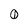
Character: Q